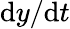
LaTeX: \mathrm{d}y/\mathrm{d}t